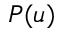
P ( u )